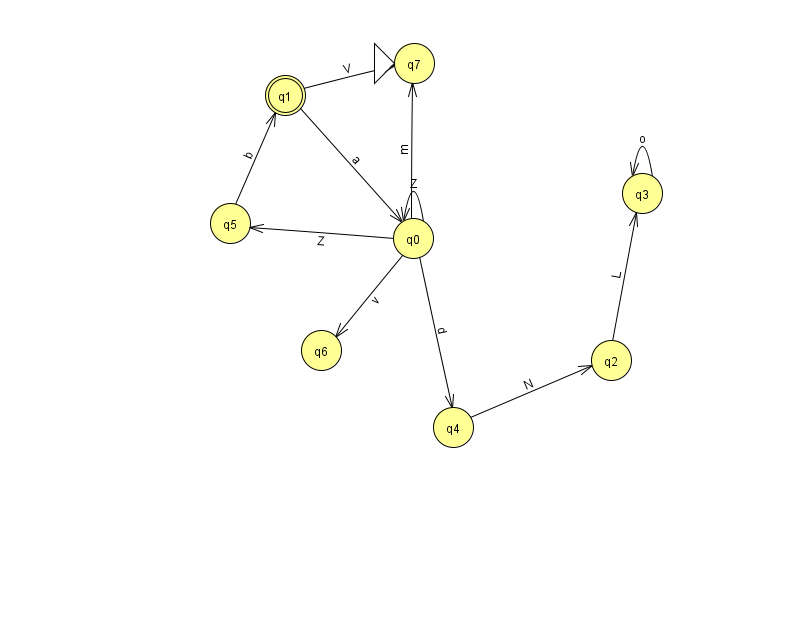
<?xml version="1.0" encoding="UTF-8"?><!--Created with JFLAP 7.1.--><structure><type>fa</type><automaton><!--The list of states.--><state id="0" name="q0"><x>413.0</x><y>225.0</y></state><state id="1" name="q1"><x>285.0</x><y>82.0</y><final/></state><state id="2" name="q2"><x>611.0</x><y>347.0</y></state><state id="3" name="q3"><x>642.0</x><y>180.0</y></state><state id="4" name="q4"><x>453.0</x><y>414.0</y></state><state id="5" name="q5"><x>230.0</x><y>210.0</y></state><state id="6" name="q6"><x>321.0</x><y>337.0</y></state><state id="7" name="q7"><x>414.0</x><y>50.0</y><initial/></state><!--The list of transitions.--><transition><from>1</from><to>0</to><read>a</read></transition><transition><from>2</from><to>3</to><read>L</read></transition><transition><from>0</from><to>7</to><read>m</read></transition><transition><from>4</from><to>2</to><read>N</read></transition><transition><from>5</from><to>1</to><read>b</read></transition><transition><from>0</from><to>0</to><read>Z</read></transition><transition><from>0</from><to>4</to><read>d</read></transition><transition><from>1</from><to>7</to><read>V</read></transition><transition><from>0</from><to>6</to><read>v</read></transition><transition><from>0</from><to>5</to><read>Z</read></transition><transition><from>3</from><to>3</to><read>o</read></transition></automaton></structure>